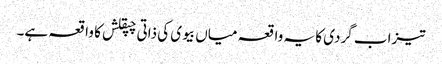
تیزاب گردی کا یہ واقعہ میاں بیوی کی ذاتی چپقلش کا واقعہ ہے۔